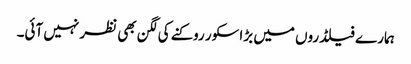
ہمارے فیلڈروں میں بڑا سکور روکنے کی لگن بھی نظر نہیں آئی۔